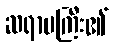
ဆရာမကြီး၏